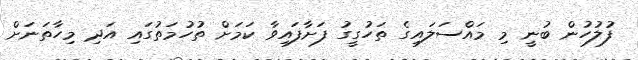
ފުލުހުން ބުނީ މި މައްސަލައިގެ ތަހުގީގު ފަށާފައިވާ ކަމަށް ތުހުމަތުގައި އަދި މިހާތަނަށް